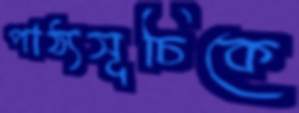
পাঠ্যসূচিকে